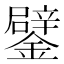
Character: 鐾